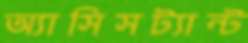
অ্যাসিসট্যান্ট